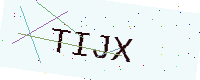
Text: TIJX